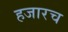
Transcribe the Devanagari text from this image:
हजारच